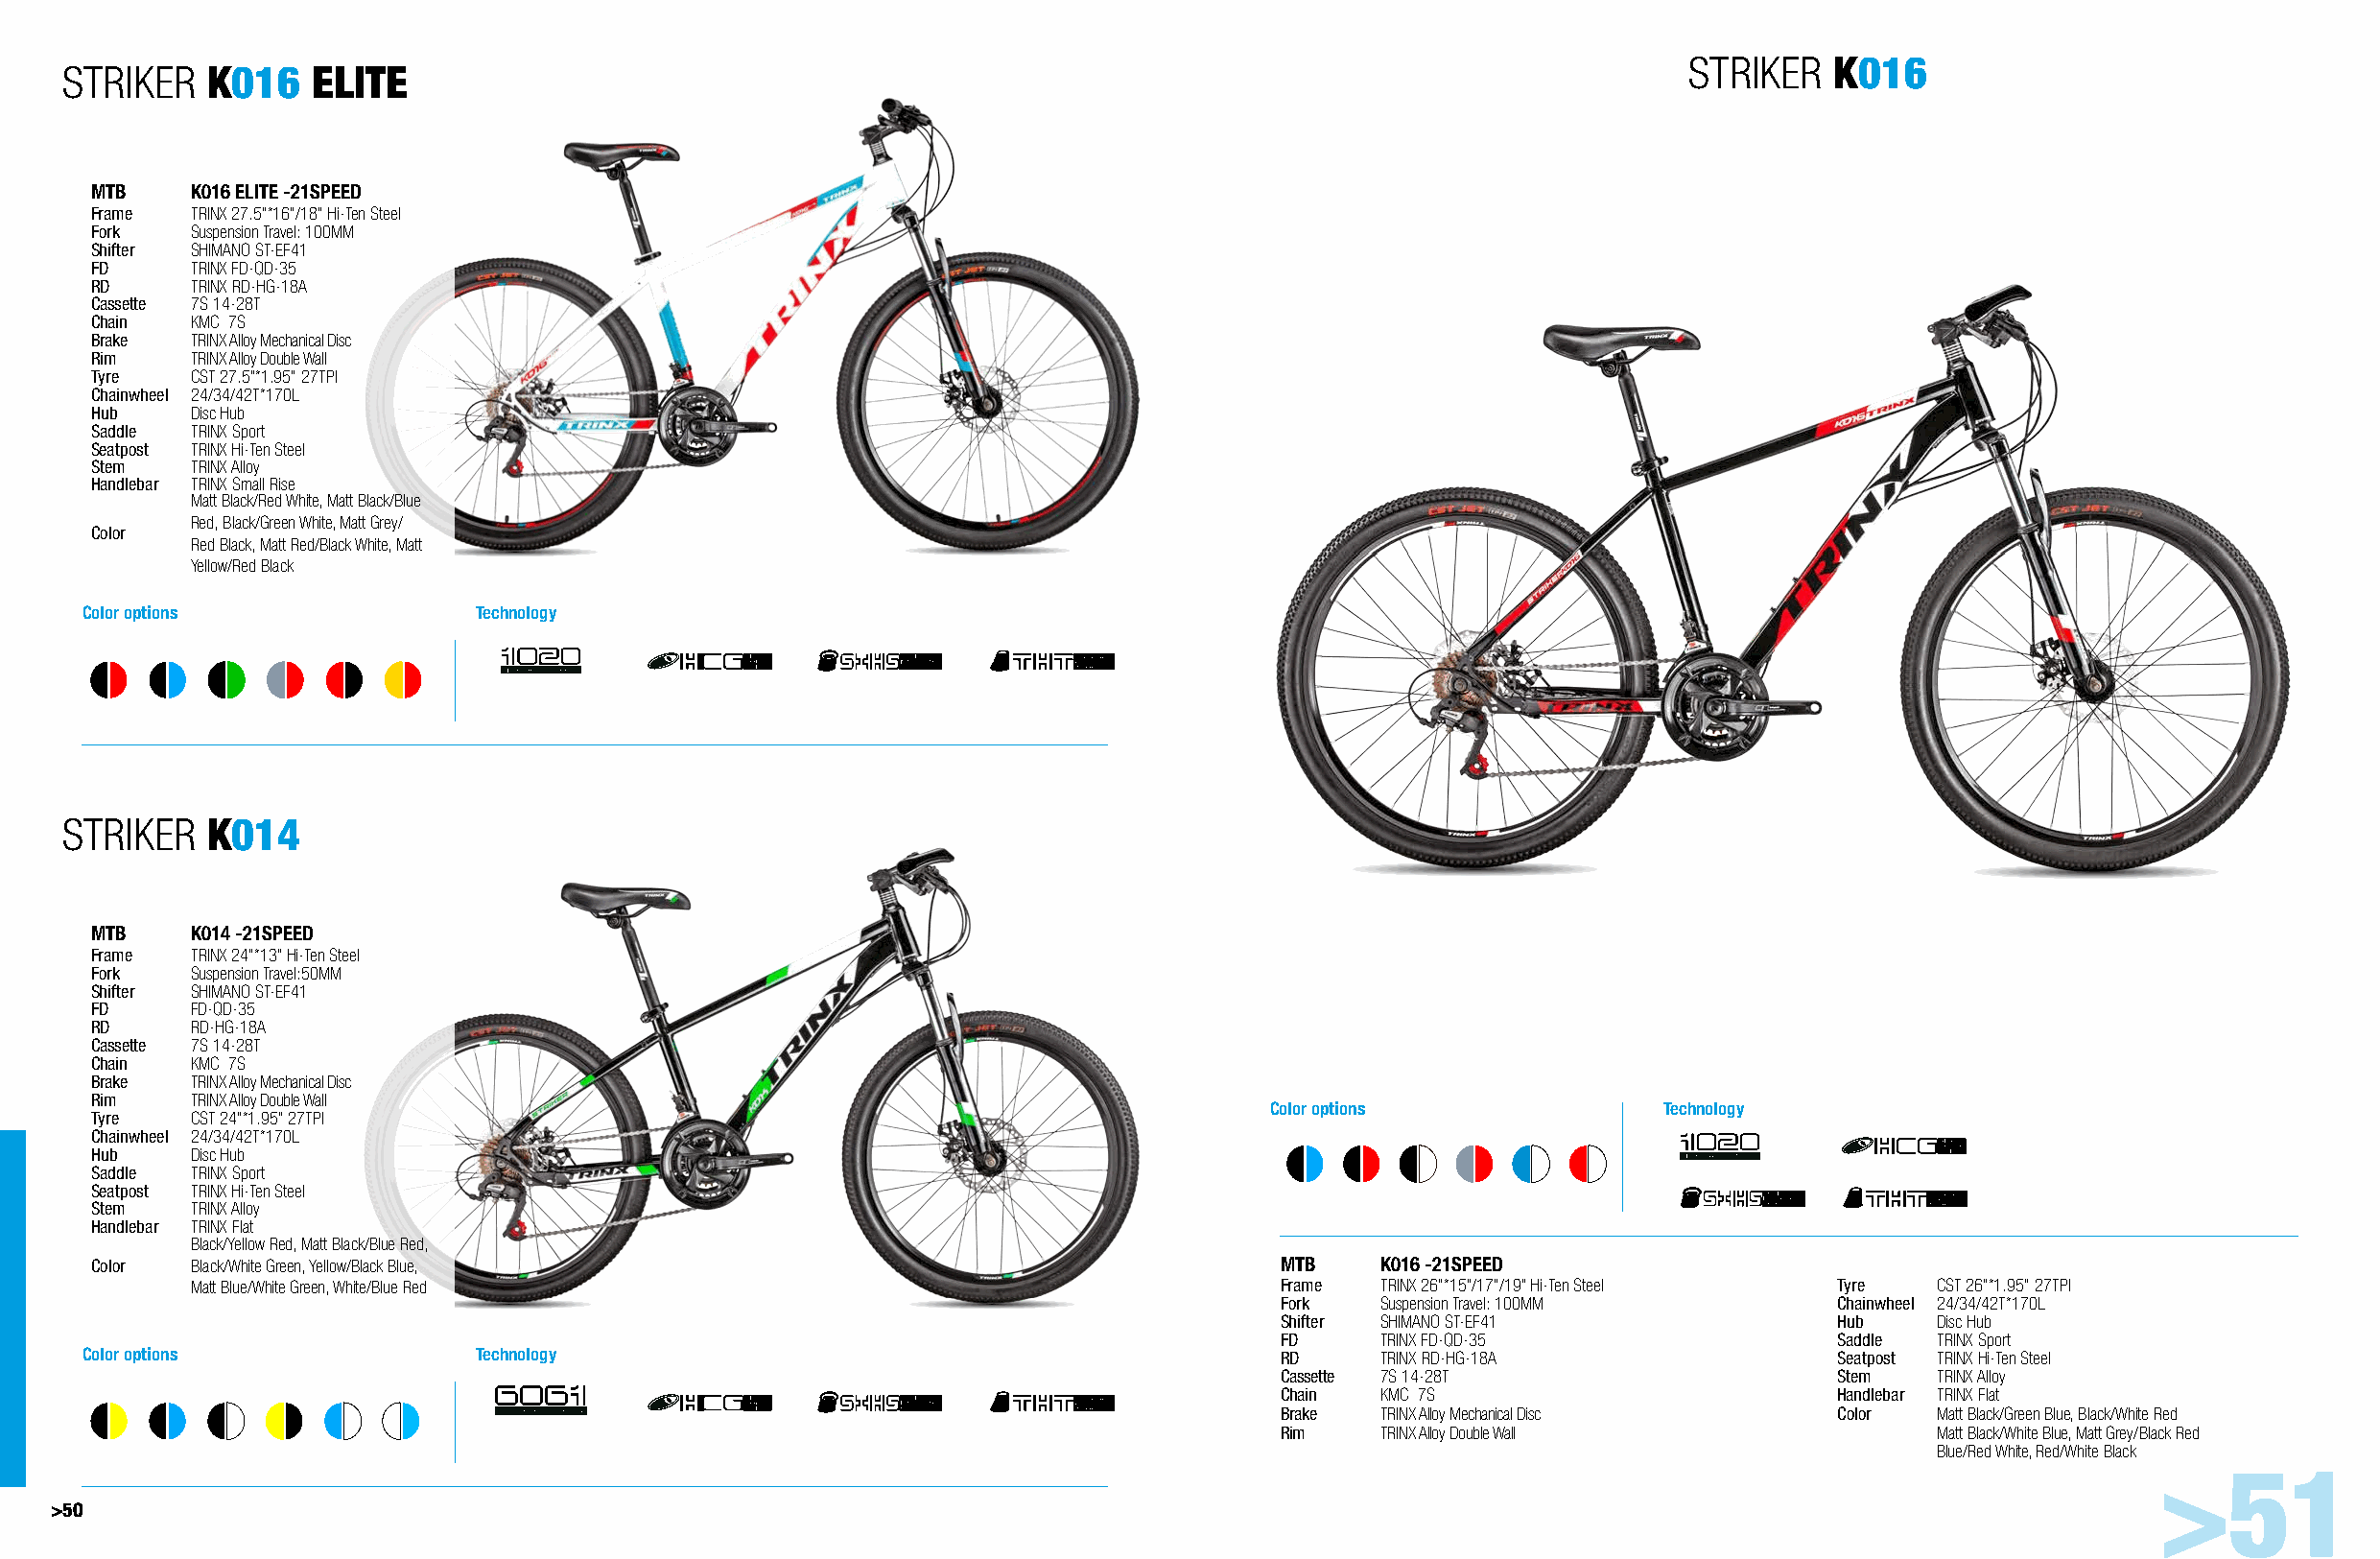
STRIKER   K016
 STRIKER   K016    ELITE
 MTB    K016 ELITE -21SPEED
 Frame  TRINX 27.5"*16"/18" Hi-Ten Steel
 Fork   Suspension Travel: 100MM
 Shifter SHIMANO ST-EF41
 FD     TRINX FD-QD-35
 RD     TRINX RD-HG-18A
 Cassette 7S 14-28T
 Chain  KMC 7S
 Brake  TRINX Alloy Mechanical Disc
 Rim    TRINX Alloy Double Wall
 Tyre   CST 27.5"*1.95" 27TPI
 Chainwheel 24/34/42T*170L
 Hub    Disc Hub
 Saddle TRINX Sport
 Seatpost TRINX Hi-Ten Steel
 Stem   TRINX Alloy
 Handlebar TRINX Small Rise
 Matt Black/Red White, Matt Black/Blue
 Red, Black/Green White, Matt Grey/
 Color
 Red Black, Matt Red/Black White, Matt
 Yellow/Red Black
 Color options              Technology
 STRIKER   K014
 MTB    K014 -21SPEED
 Frame  TRINX 24"*13" Hi-Ten Steel
 Fork   Suspension Travel:50MM
 Shifter SHIMANO ST-EF41
 FD     FD-QD-35
 RD     RD-HG-18A
 Cassette 7S 14-28T
 Chain  KMC 7S
 Brake  TRINX Alloy Mechanical Disc
 Rim    TRINX Alloy Double Wall
 Color options              Technology
 Tyre   CST 24"*1.95" 27TPI
 Chainwheel 24/34/42T*170L
 Hub    Disc Hub
 Saddle TRINX Sport
 Seatpost TRINX Hi-Ten Steel
 Stem   TRINX Alloy
 Handlebar TRINX Flat
 Black/Yellow Red, Matt Black/Blue Red,
 Color  Black/White Green, Yellow/Black Blue,                                      MTB    K016 -21SPEED
 Matt Blue/White Green, White/Blue Red                                      Frame  TRINX 26”*15”/17”/19” Hi-Ten Steel Tyre CST 26"*1.95" 27TPI
 Fork   Suspension Travel: 100MM        Chainwheel 24/34/42T*170L
 Shifter SHIMANO ST-EF41                Hub    Disc Hub
 FD     TRINX FD-QD-35                  Saddle TRINX Sport
 Color options              Technology                                             RD     TRINX RD-HG-18A                 Seatpost TRINX Hi-Ten Steel
 Cassette 7S 14-28T                     Stem   TRINX Alloy
 Chain  KMC 7S                          Handlebar TRINX Flat
 Brake  TRINX Alloy Mechanical Disc     Color  Matt Black/Green Blue, Black/White Red
 Rim    TRINX Alloy Double Wall                Matt Black/White Blue, Matt Grey/Black Red
 Blue/Red White, Red/White Black
 >51
 >50